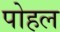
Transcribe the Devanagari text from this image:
पोहल